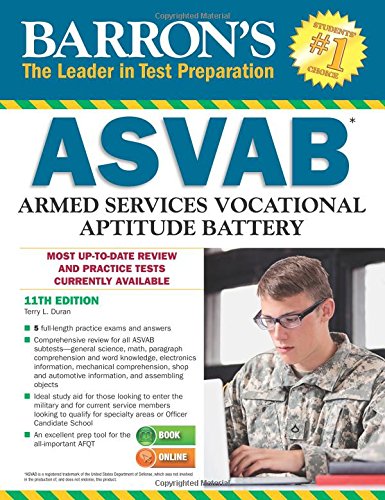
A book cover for Barron's ASVAB, 11th Edition; Terry L. Duran; Test Preparation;